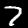
Digit: 7